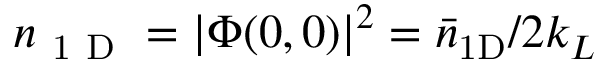
n _ { \mathrm { ~ 1 ~ D ~ } } = | \Phi ( 0 , 0 ) | ^ { 2 } = { \bar { n } } _ { \mathrm { 1 D } } / 2 k _ { L }